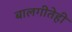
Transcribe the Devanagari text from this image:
बालगीतेही